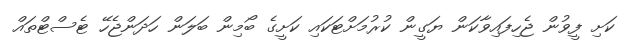
ކަށި ފީވުން ޖެހިފައިވާކަން ޔަގީން ކުރުމަށްޓަކައި ކަށީގެ ބޯމިން ބަލަން ހަދަންޖެހޭ ޓެސްޓްތައް